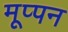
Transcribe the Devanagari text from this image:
मूप्पन